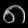
Digit: ၈